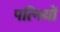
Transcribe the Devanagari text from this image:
पत्‍िनयों